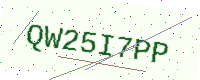
Text: QW25I7PP